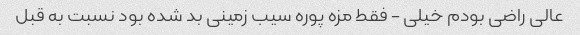
عالی راضی بودم خیلی - فقط مزه پوره سیب زمینی بد شده بود نسبت به قبل